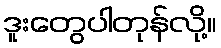
ဒူးတွေပါတုန်လို့။